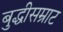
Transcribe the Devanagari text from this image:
बुद्धीसम्राट